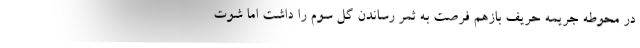
در محوطه جریمه حریف بازهم فرصت به ثمر رساندن گل سوم را داشت اما شوت